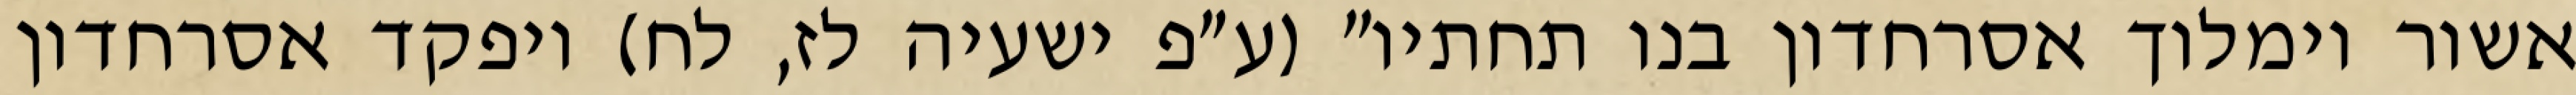
אשור וימלוך אסרחדון בנו תחתיו" (ע״פ ישעיה לז, לח) ויפקד אסרחדון